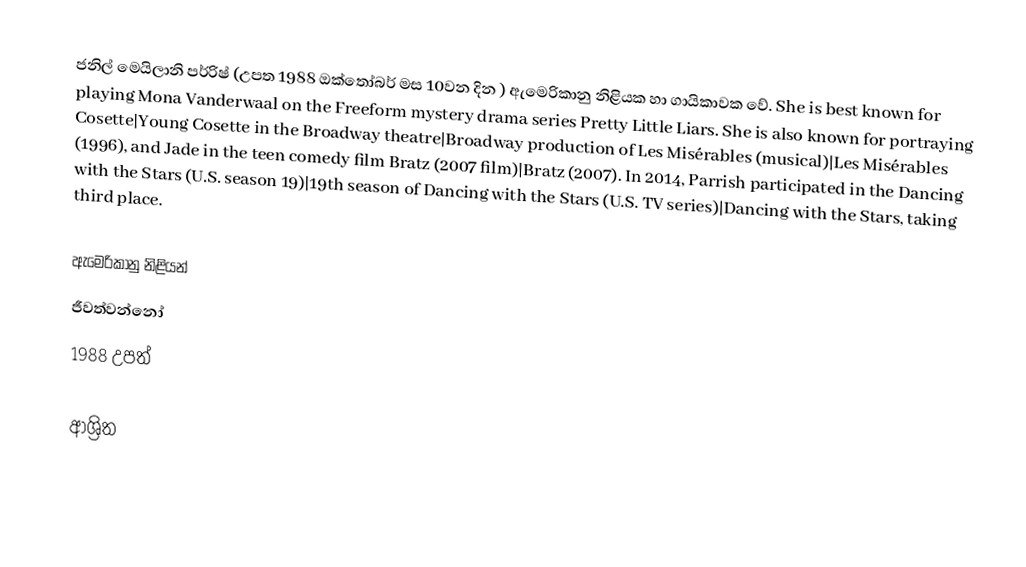
ජනිල්  මෙයිලානි පර්රිෂ් (උපත 1988 ඔක්තෝබර් මස 10වන දින ) ඇමෙරිකානු නිළියක හා ගායිකාවක වේ. She is best known for playing Mona Vanderwaal on the Freeform mystery drama series Pretty Little Liars. She is also known for portraying Cosette|Young Cosette in the Broadway theatre|Broadway production of Les Misérables (musical)|Les Misérables (1996), and Jade in the teen comedy film Bratz (2007 film)|Bratz (2007). In 2014, Parrish participated in the Dancing with the Stars (U.S. season 19)|19th season of Dancing with the Stars (U.S. TV series)|Dancing with the Stars, taking third place.

ඇමෙරිකානු නිළියන්
ජීවත්වන්නෝ
1988 උපත්

ආශ්‍රිත